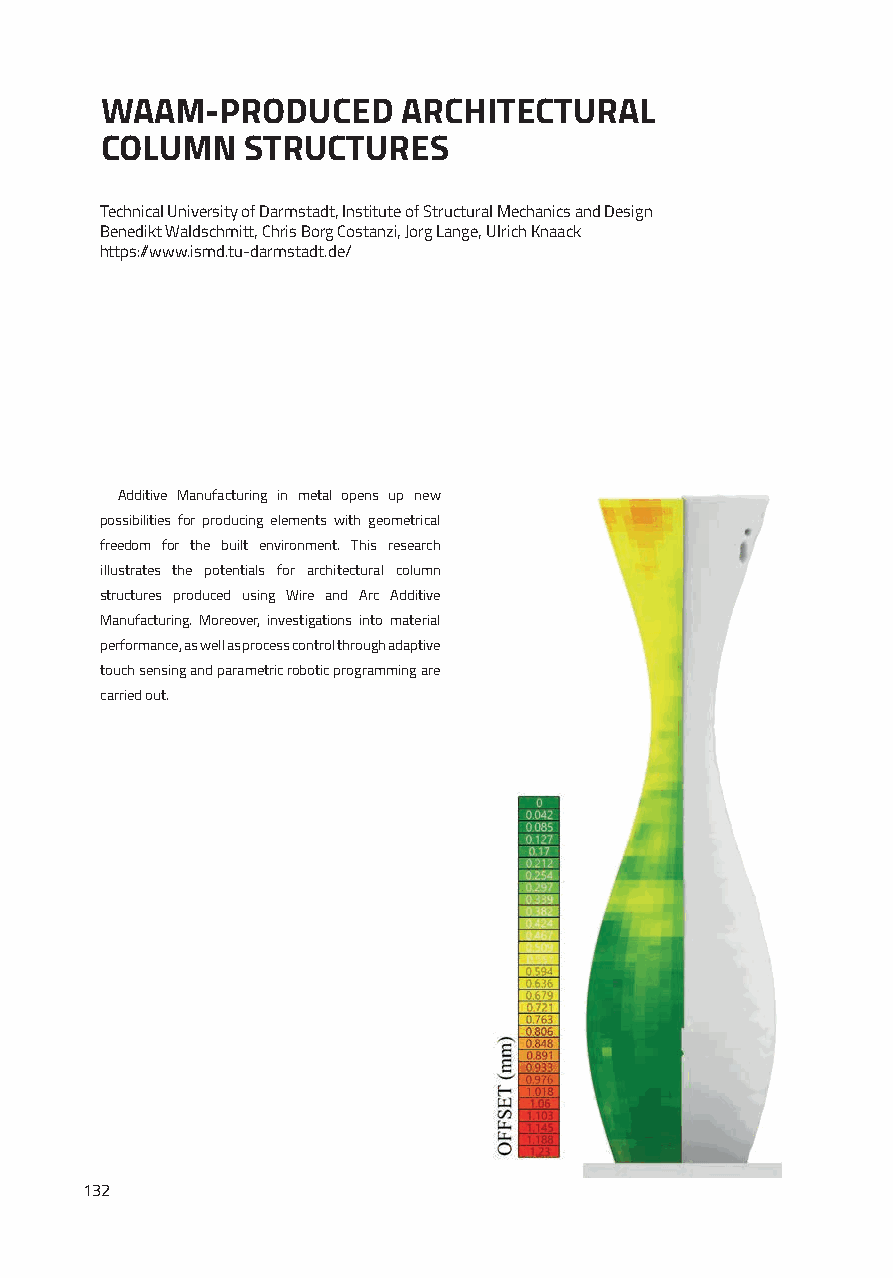
WAAM-PRODUCED       ARCHITECTURAL
 COLUMN   STRUCTURES
 Technical University of Darmstadt, Institute of Structural Mechanics and Design
 Benedikt Waldschmitt, Chris Borg Costanzi, Jorg Lange, Ulrich Knaack
 https://www.ismd.tu-darmstadt.de/
 Additive Manufacturing in metal opens up new
 possibilities for producing elements with geometrical
 freedom for the built environment. This research
 illustrates the potentials for architectural column
 structures produced using Wire and Arc Additive
 Manufacturing. Moreover, investigations into material
 performance, as well as process control through adaptive
 touch sensing and parametric robotic programming are
 carried out.
 132